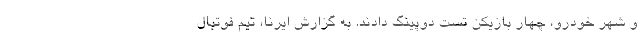
و شهر خودرو، چهار بازیکن تست دوپینگ دادند. به گزارش ایرنا، تیم فوتبال